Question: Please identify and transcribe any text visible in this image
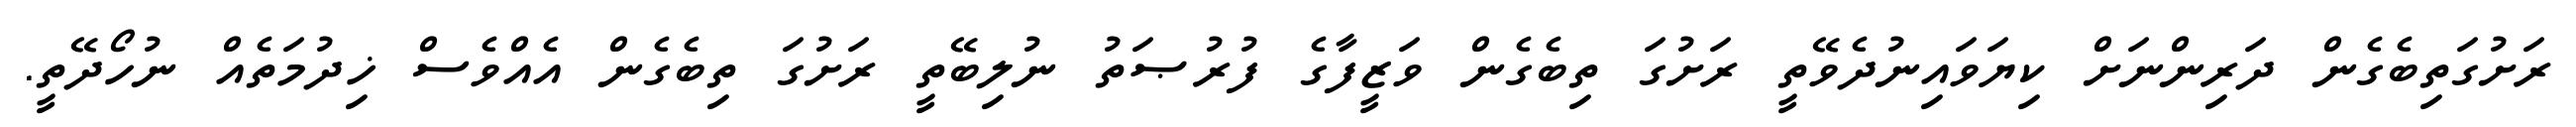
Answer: ރަށުގަތިބެގެން ދަރިންނަށް ކިޔަވައިނުދެވޭތީ ރަށުގަ ތިބެގެން ވަޒީފާގެ ފުރުޞަތު ނުލިބޭތީ ރަށުގަ ތިބެގެން އެއްވެސް ޚިދުމަތެއް ނުހޯދޭތީ.